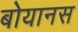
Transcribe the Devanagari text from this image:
बोयानस